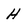
Character: H